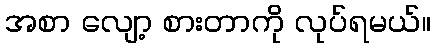
အစာ လျော့ စားတာကို လုပ်ရမယ်။